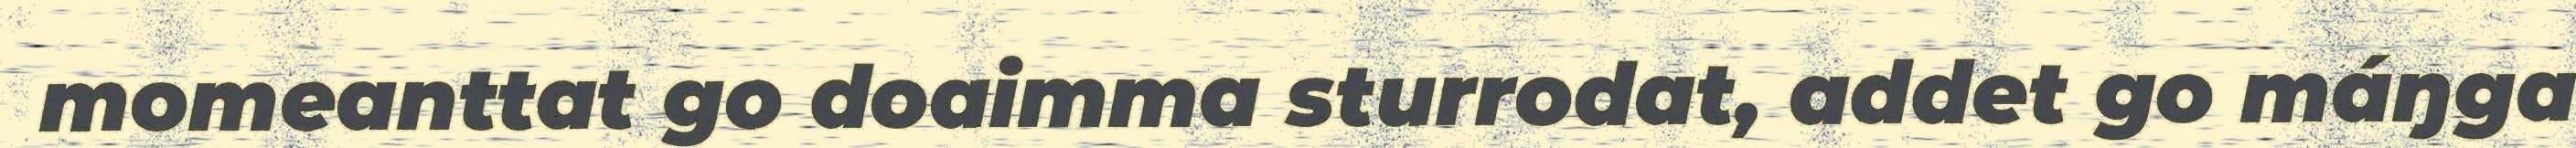
momeanttat go doaimma sturrodat, addet go máŋga